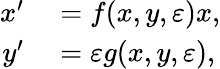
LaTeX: \begin{array}{rl}{x^{\prime}}&{{}=f(x,y,\varepsilon)x,}\\ {y^{\prime}}&{{}=\varepsilon g(x,y,\varepsilon),}\end{array}